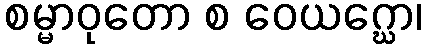
စမ္မာဝုတော စ ဝေယဂ္ဃော၊